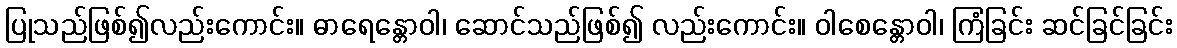
ပြုသည်ဖြစ်၍လည်းကောင်း။ ဓာရေန္တောဝါ၊ ဆောင်သည်ဖြစ်၍ လည်းကောင်း။ ဝါစေန္တောဝါ၊ ကြံခြင်း ဆင်ခြင်ခြင်း